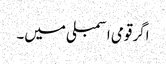
اگر قومی اسمبلی میں۔